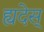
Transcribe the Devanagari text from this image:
ह्यदेस्